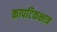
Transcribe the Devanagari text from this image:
कापटिकक्षात्र